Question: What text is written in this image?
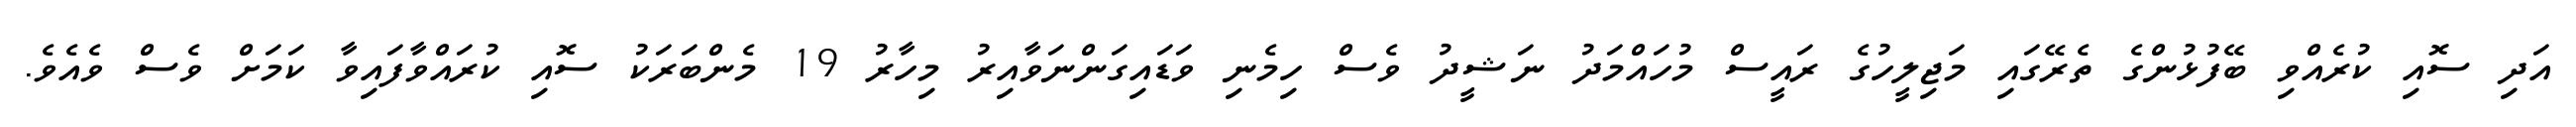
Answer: އަދި ސޮއި ކުރެއްވި ބޭފުޅުންގެ ތެރޭގައި މަޖިލީހުގެ ރައީސް މުހައްމަދު ނަޝީދު ވެސް ހިމެނި ވަޑައިގަންނަވާއިރު މިހާރު 19 މެންބަރަކު ސޮއި ކުރައްވާފައިވާ ކަމަށް ވެސް ވެއެވެ.